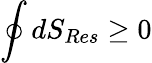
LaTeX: \oint dS_{Res}\geq 0